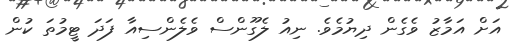
އަށް އަމާޒު ވެގެން ދިޔުމެވެ. ނިއު ލެގޫންސް ވެލެންސިއާ ފަދަ ޓީމުތަ ކުން